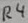
Text: R4